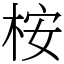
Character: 桉